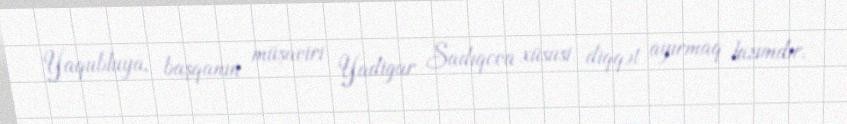
Yaqubluya, başqanın müşaviri Yadigar Sadıqova xüsusi diqqət ayırmaq lazımdır.